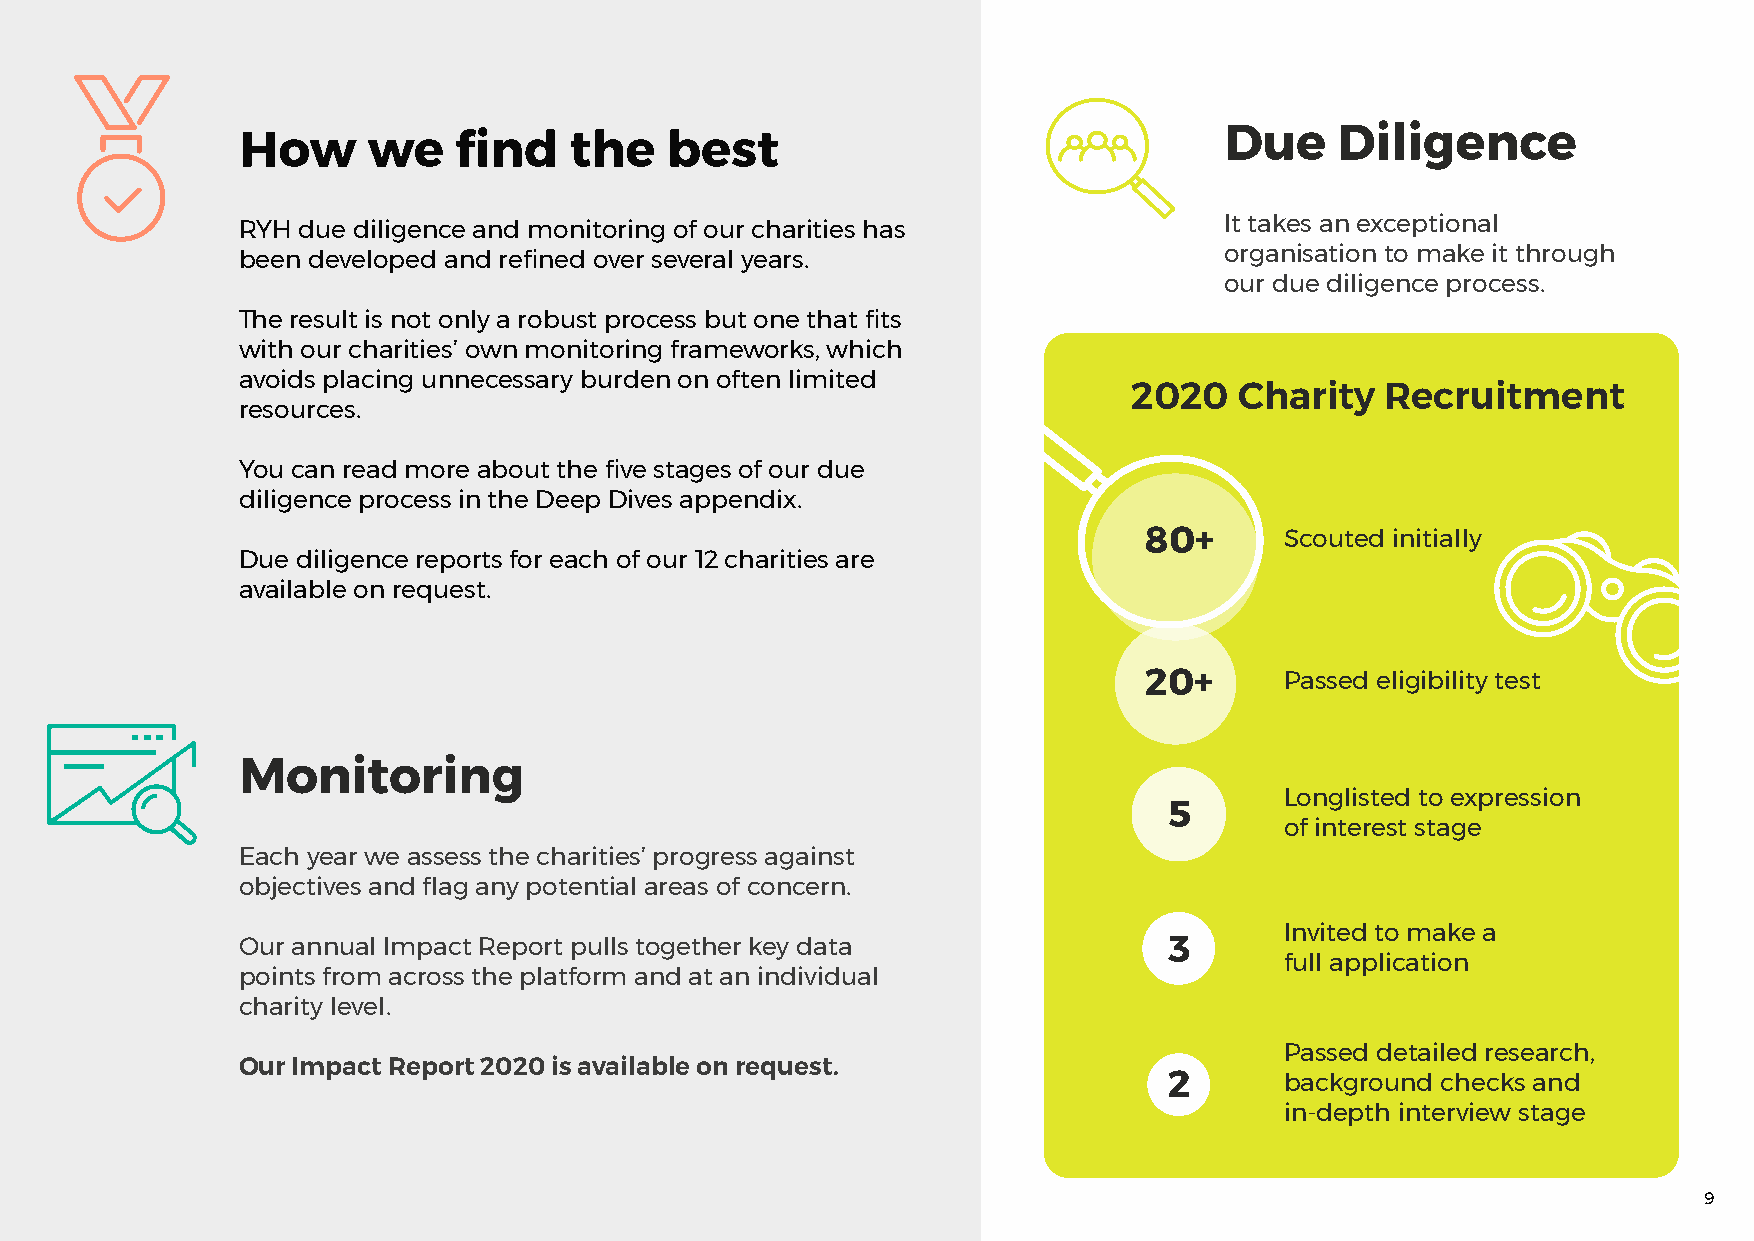
Due     Diligence
 How     we    find    the   best
 It takes an exceptional
 RYH due diligence and monitoring of our charities has
 organisation to make it through
 been developed and refined over several years.
 our due diligence process.
 The result is not only a robust process but one that fits
 with our charities’ own monitoring frameworks, which
 avoids placing unnecessary burden on often limited
 2020   Charity   Recruitment
 resources.
 You can read more about the five stages of our due
 diligence process in the Deep Dives appendix.
 80+      Scouted initially
 Due diligence reports for each of our 12 charities are
 available on request.
 20+      Passed eligibility test
 Monitoring
 Longlisted to expression
 5
 of interest stage
 Each year we assess the charities’ progress against
 objectives and flag any potential areas of concern.
 Invited to make a
 Our annual Impact Report pulls together key data             3
 full application
 points from across the platform and at an individual
 charity level.
 Passed detailed research,
 Our Impact Report 2020 is available on request.
 2       background checks and
 in-depth interview stage
 9